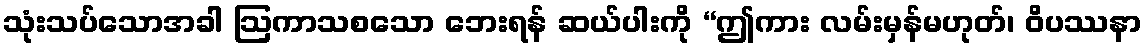
သုံးသပ်သောအခါ ဩကာသစသော ဘေးရန် ဆယ်ပါးကို “ဤကား လမ်းမှန်မဟုတ်၊ ဝိပဿနာ